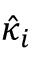
\hat { \kappa } _ { i }